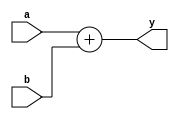
`timescale 1ns / 1ps

module adder_32
    #(parameter WIDTH = 32)
    (input [WIDTH-1:0] a, b,
     output [WIDTH-1:0] y);


assign y = a + b;

endmodule